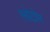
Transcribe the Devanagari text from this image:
लोटोम